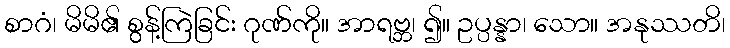
စာဂံ၊ မိမိ၏ စွန့်ကြဲခြင်း ဂုဏ်ကို။ အာရဗ္ဘ၊ ၍။ ဥပ္ပန္နာ၊ သော။ အနုဿတိ၊